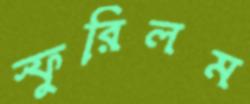
স্ফুরিলম